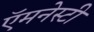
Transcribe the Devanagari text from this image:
ऍमनेस्टी